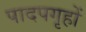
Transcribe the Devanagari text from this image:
पादपगृहों